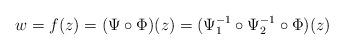
LaTeX: \begin{align*}w=f(z)=(\Psi\circ\Phi)(z)=(\Psi_1^{-1}\circ\Psi_2^{-1}\circ\Phi)(z)\end{align*}